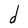
Character: d